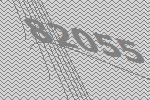
82055